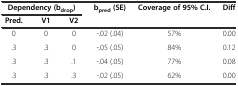
<table><thead><tr><td colspan="3"><b>Dependency (b<sub>drop</sub>)</b></td><td><b>b<sub>pred</sub> (SE)</b></td><td><b>Coverage of 95% C.I.</b></td><td><b>Diff</b></td></tr><tr><td><b>Pred.</b></td><td><b>V1</b></td><td><b>V2</b></td><td></td><td></td><td></td></tr></thead><tbody><tr><td>0</td><td>0</td><td>0</td><td>-.02 (.04)</td><td>57%</td><td>0.00</td></tr><tr><td>.3</td><td>.3</td><td>0</td><td>-.05 (.05)</td><td>84%</td><td>0.12</td></tr><tr><td>.3</td><td>.3</td><td>.1</td><td>-.04 (.05)</td><td>77%</td><td>0.08</td></tr><tr><td>.3</td><td>.3</td><td>.3</td><td>-.02 (.05)</td><td>62%</td><td>0.00</td></tr></tbody></table>